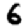
Digit: 6